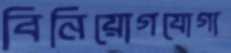
বিনিয়োগযোগ্য